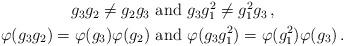
LaTeX: \begin{align*} \begin{aligned} g_3 g_2 \neq g_2 g_3 & \mbox{ and } g_3 g^{2}_1 \neq g^{2}_1 g_3 \,, \\ \varphi (g_3 g_2) = \varphi (g_3) \varphi (g_2) & \mbox{ and } \varphi (g_3 g^{2}_1) = \varphi (g^{2}_1) \varphi (g_3) \,. \end{aligned}\end{align*}